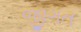
જીગત